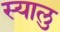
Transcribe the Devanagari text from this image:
स्यालु